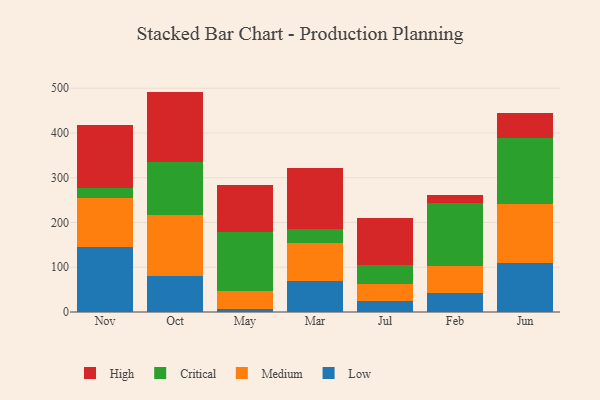
{"axis": {"x": "Month", "y": "Humidity (%)"}, "legend": ["Critical", "High", "Low", "Medium"], "data": [{"x": "Nov", "y": 145.7, "type": "Low"}, {"x": "Nov", "y": 109.6, "type": "Medium"}, {"x": "Nov", "y": 22.7, "type": "Critical"}, {"x": "Nov", "y": 138.8, "type": "High"}, {"x": "Oct", "y": 81.4, "type": "Low"}, {"x": "Oct", "y": 135.1, "type": "Medium"}, {"x": "Oct", "y": 118.2, "type": "Critical"}, {"x": "Oct", "y": 157.8, "type": "High"}, {"x": "May", "y": 6.2, "type": "Low"}, {"x": "May", "y": 40.0, "type": "Medium"}, {"x": "May", "y": 133.6, "type": "Critical"}, {"x": "May", "y": 103.2, "type": "High"}, {"x": "Mar", "y": 70.0, "type": "Low"}, {"x": "Mar", "y": 85.1, "type": "Medium"}, {"x": "Mar", "y": 30.2, "type": "Critical"}, {"x": "Mar", "y": 135.4, "type": "High"}, {"x": "Jul", "y": 24.8, "type": "Low"}, {"x": "Jul", "y": 37.5, "type": "Medium"}, {"x": "Jul", "y": 43.4, "type": "Critical"}, {"x": "Jul", "y": 104.4, "type": "High"}, {"x": "Feb", "y": 42.8, "type": "Low"}, {"x": "Feb", "y": 60.5, "type": "Medium"}, {"x": "Feb", "y": 139.5, "type": "Critical"}, {"x": "Feb", "y": 19.4, "type": "High"}, {"x": "Jun", "y": 108.9, "type": "Low"}, {"x": "Jun", "y": 133.4, "type": "Medium"}, {"x": "Jun", "y": 146.4, "type": "Critical"}, {"x": "Jun", "y": 57.1, "type": "High"}]}